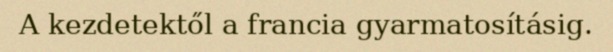
A kezdetektől a francia gyarmatosításig.